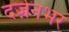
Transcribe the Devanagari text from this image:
दर्ज़नभर